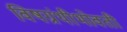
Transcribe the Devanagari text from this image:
विषग्रंथीभोवती